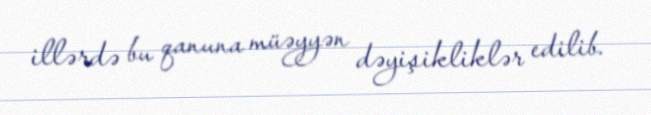
illərdə bu qanuna müəyyən dəyişikliklər edilib.